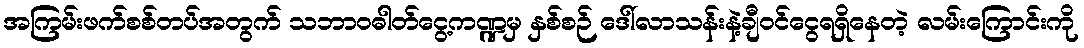
အကြမ်းဖက်စစ်တပ်အတွက် သဘာဝဓါတ်ငွေ့ကဏ္ဍမှ နှစ်စဉ် ဒေါ်လာသန်းနဲ့ချီဝင်ငွေရရှိနေတဲ့ လမ်းကြောင်းကို